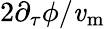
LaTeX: {{2\partial_{\tau}\phi}/{\mathit{v}_{\mathrm{{m}}}}}